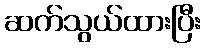
ဆက်သွယ်ထားပြီး